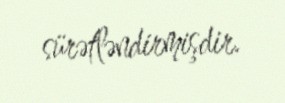
sürətləndirmişdir.